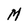
Character: M